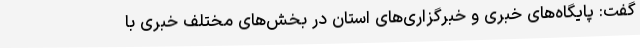
گفت: پایگاه‌های خبری و خبرگزاری‌های استان در بخش‌های مختلف خبری با